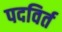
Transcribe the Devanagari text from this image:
पदविर्त